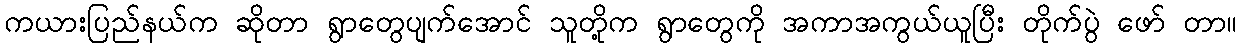
ကယားပြည်နယ်က ဆိုတာ ရွာတွေပျက်အောင် သူတို့က ရွာတွေကို အကာအကွယ်ယူပြီး တိုက်ပွဲ ဖော် တာ။